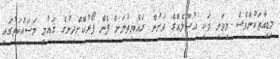
މީޑިއާތަކުންވެސް މިވަނީ ވަކި އުސޫލެއްގެ ދަށުން ރައްޔިތުނަށް ފެން ފޯރުކޮށްދިނުގެ ޤައުމީ މަސައްކަތުގައި